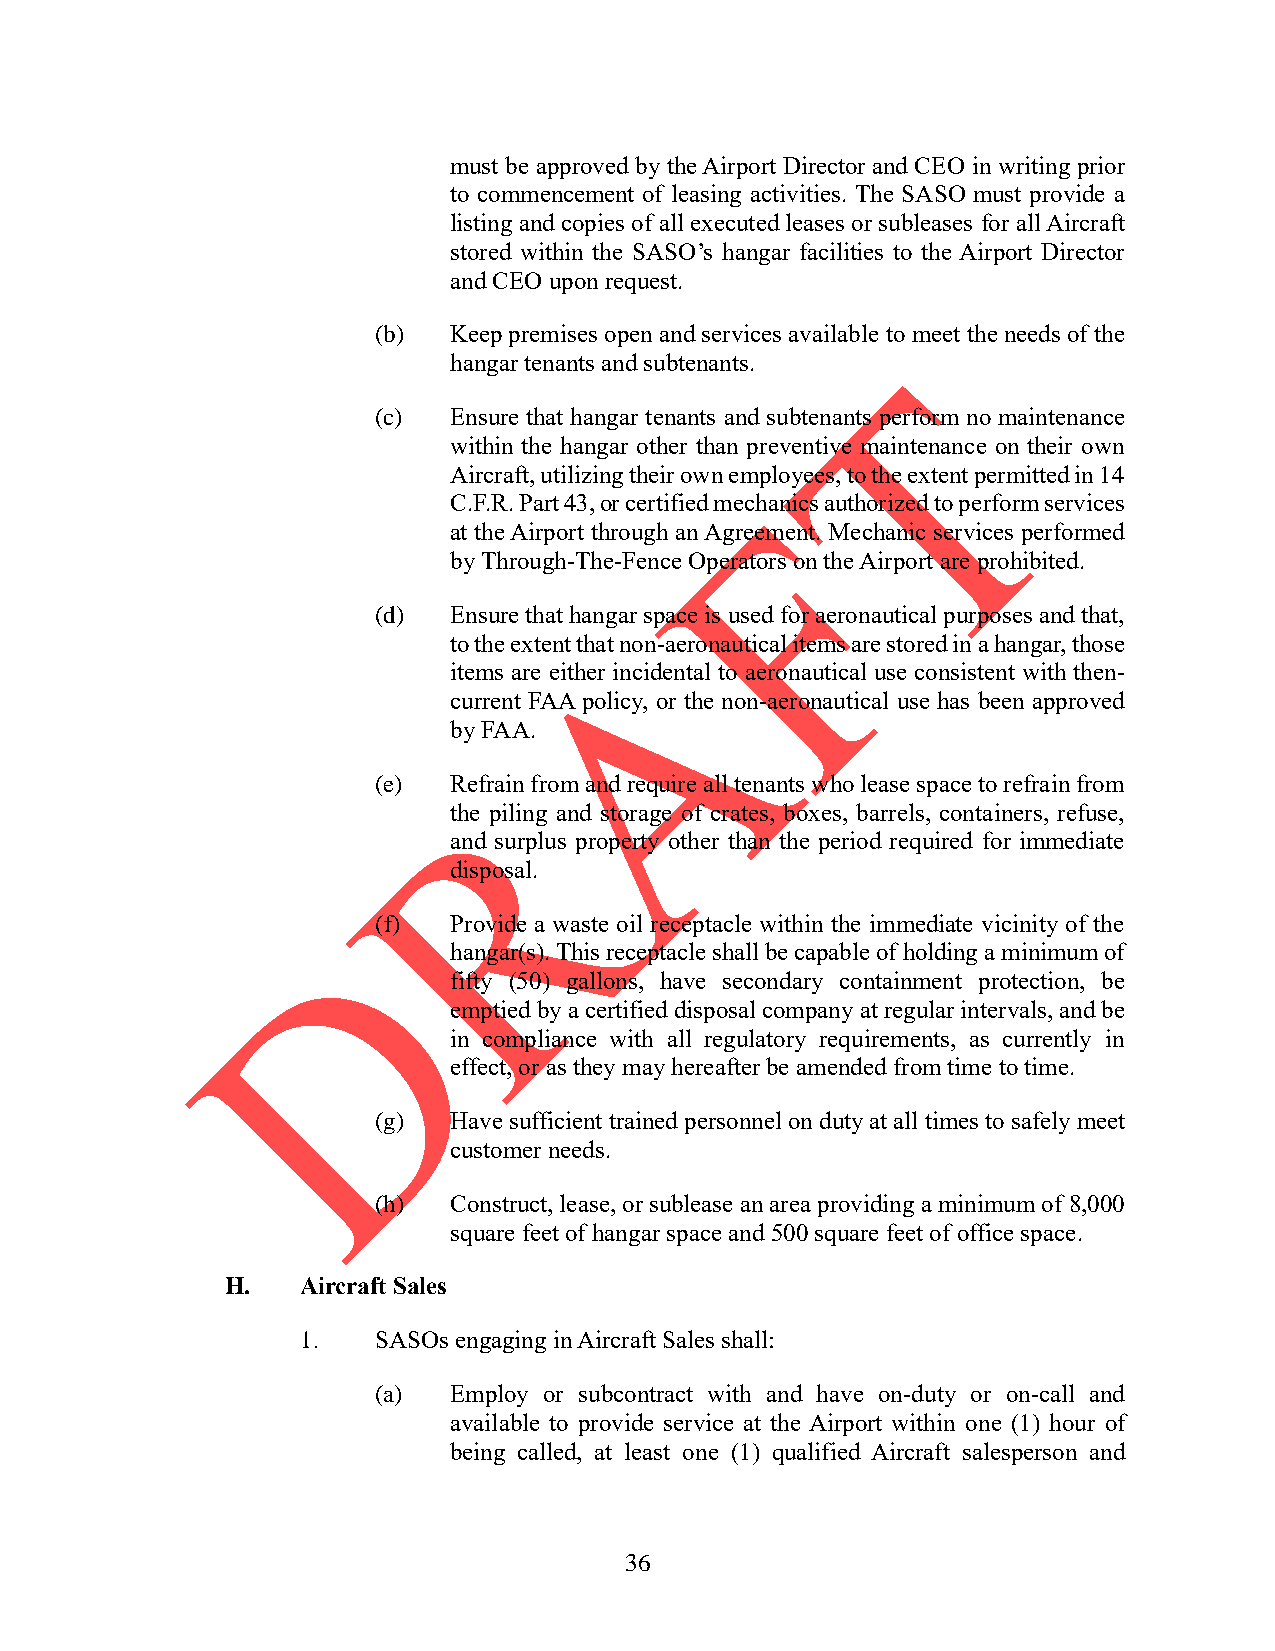
must be approved by the Airport Director and CEO in writing prior
 to commencement of leasing activities. The SASO must provide a
 listing and copies of all executed leases or subleases for all Aircraft
 stored within the SASO’s hangar facilities to the Airport Director
 and CEO upon request.
 (b)  Keep premises open and services available to meet the needs of the
 hangar tenants and subtenants.
 (c)  Ensure that hangar tenants and subtenants perform no maintenance
 within the hangar other than preventive maintenance on their own
 Aircraft, utilizing their own employees, to the extent permitted in 14
 C.F.R. Part 43, or certified mechanics authorized to perform services
 at the Airport through an Agreement. Mechanic services performed
 by Through-The-Fence Operators on the Airport are prohibited.
 (d)  Ensure that hangar space is used for aeronautical purposes and that,
 to the extent that non-aeronautical items are stored in a hangar, those
 items are either incidental to aeronautical use consistent with then-
 current FAA policy, or the non-aeronautical use has been approved
 by FAA.
 (e)  Refrain from and require all tenants who lease space to refrain from
 the piling and storage of crates, boxes, barrels, containers, refuse,
 and surplus property other than the period required for immediate
 disposal.
 (f)  Provide a waste oil receptacle within the immediate vicinity of the
 hangar(s). This receptacle shall be capable of holding a minimum of
 fifty (50) gallons, have secondary containment protection, be
 emptied by a certified disposal company at regular intervals, and be
 in compliance with all regulatory requirements, as currently in
 effect, or as they may hereafter be amended from time to time.
 (g)  Have sufficient trained personnel on duty at all times to safely meet
 customer needs.
 (h)  Construct, lease, or sublease an area providing a minimum of 8,000
 square feet of hangar space and 500 square feet of office space.
 H.   Aircraft Sales
 1.   SASOs engaging in Aircraft Sales shall:
 (a)  Employ or subcontract with and have on-duty or on-call and
 available to provide service at the Airport within one (1) hour of
 being called, at least one (1) qualified Aircraft salesperson and
 36